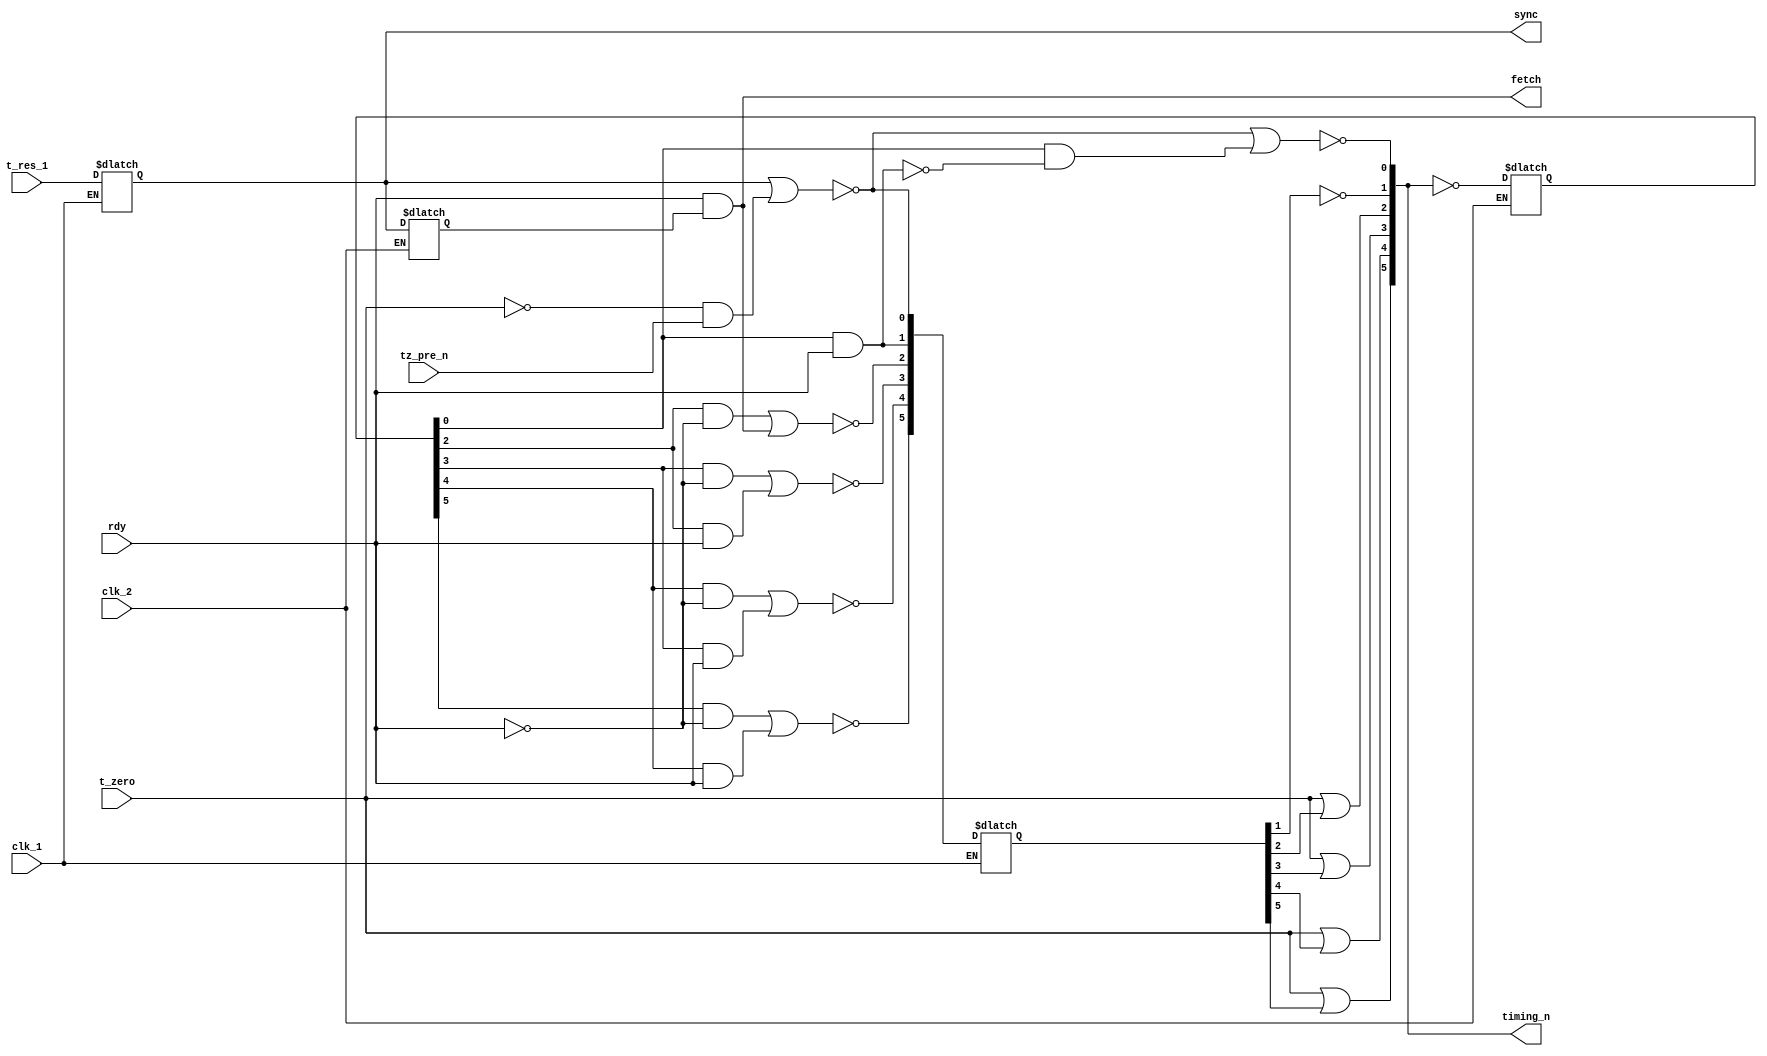
module timing_generator(clk_1, clk_2, rdy, tz_pre_n, t_zero, t_res_1, timing_n, fetch, sync);

  input clk_1;            //net: 710
  input clk_2;            //net: 943
  input rdy;              //active high version of ready signal (opposite of net: 248)
  input tz_pre_n;         //net: 792; set low when the opcode is a two cycle opcode
  input t_zero;           //net: 1357; reset timing registers
  input t_res_1;          //net: 109; pre-latched version of sync
  output [5:0] timing_n;  //the main timing signals 0-5 (active low); nets: 1536, 156, 971, 1567, 690, & 909 (t5)
  output fetch;           //net: 879;  fetch instruction
  output reg sync;        //net: 862; goes high when an insstruction fetch is in progress

  assign timing_n[0] = ~t0;                     //t0_n = net: 1536
  assign timing_n[1] = ~t_reset_c1[1];          //t1_n = net: 156
  assign timing_n[2] = t_zero | t_reset_c1[2];  //t2_n = net: 971
  assign timing_n[3] = t_zero | t_reset_c1[3];  //t3_n = net: 1567
  assign timing_n[4] = t_zero | t_reset_c1[4];  //t4_n = net: 690
  assign timing_n[5] = t_zero | t_reset_c1[5];  //t5_n = net: 909

  assign fetch = rdy & sync_c2; //net: 879

  /*
   * Internal latches
   */
  reg [5:0] timing_c2;     //latched  value of timing signals on clk_2 with opposite sign
  reg [5:0] t_reset_c1;    //reset individual timing signals on clk_1
  reg sync_c2;             //net: 537

  /*************************************************************************************************
  *
  *                                       t_reset
  *
  * Resets for each individual timing signal.  These will hold their value if not rdy,
  * If rdy, these largely act like a shift register of timing_c2 except for t_reset[2]
  * which uses sync rather than timing_c2[1] as an input.
  *
  *************************************************************************************************/
  wire [5:0] t_reset;
  assign t_reset[0] = ~(sync | (~t_zero & tz_pre_n)); //net: 732
  assign t_reset[1] = timing_c2[0] & rdy; //net: 1180
  assign t_reset[2] = ~((timing_c2[2] & ~rdy) | (sync_c2 & rdy)); //net: 1091
  assign t_reset[3] = ~((timing_c2[3] & ~rdy) | (timing_c2[2] & rdy)); //net: 428
  assign t_reset[4] = ~((timing_c2[4] & ~rdy) | (timing_c2[3] & rdy)); //net: 472
  assign t_reset[5] = ~((timing_c2[5] & ~rdy) | (timing_c2[4] & rdy)); //net: 468

  /*************************************************************************************************
  *
  *                                       t0
  * The prefetch timing signal
  *
  *************************************************************************************************/
  wire t0_c2_rdy = timing_c2[0] & rdy;
  wire t0 = t_reset[0] | (timing_c2[0] & ~t0_c2_rdy);  //net: 646

  /*************************************************************************************************
  *
  *                                    Latch signals
  *
   *************************************************************************************************/
  /*
   * latch timing signals on clk2
   */
  always @(*)
    if (clk_1)
      begin
        sync <= t_res_1;
        //t_reset_c1[0] is not used.  the net numbers for
        //t_reset_c1[1-5] are: 1533, 1360, 644, 1606, 18
        t_reset_c1 <= t_reset;
      end

  /*
   * latch timing signals on clk2
   */
  always @(clk_2 or timing_n)
    if (clk_2)
      begin
        timing_c2 <= ~timing_n;
        sync_c2 <= sync;
      end

endmodule